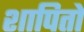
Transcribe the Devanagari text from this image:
शापितो